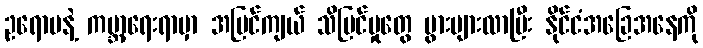
ဥရောပနဲ့ ကမ္ဘာ့ရေးရာမှာ အမြင်ကျယ် သိမြင်မှုတွေ ပွားများလာပြီး နိုင်ငံအခြေအနေကို